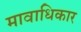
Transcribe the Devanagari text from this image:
मावाधिकार